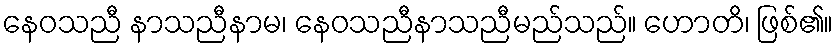
နေဝသညီ နာသညီနာမ၊ နေဝသညီနာသညီမည်သည်။ ဟောတိ၊ ဖြစ်၏။